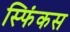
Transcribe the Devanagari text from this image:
स्फिंकस